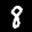
Label: 8